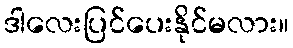
ဒါလေးပြင်ပေးနိုင်မလား။